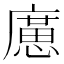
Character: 㢜